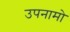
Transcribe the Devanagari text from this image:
उपनामो